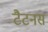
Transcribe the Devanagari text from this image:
टैटनस